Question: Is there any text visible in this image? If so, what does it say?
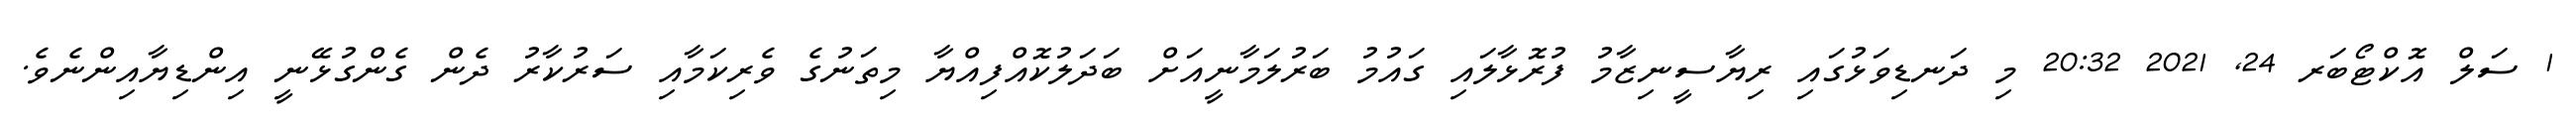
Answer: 1 ސަލް އޮކްޓޯބަރ 24, 2021 20:32 މި ދަނޑިވަޅުގައި ރިޔާސީނިޒާމު ފުރޮޅާލައި ގައުމު ބަރުލަމާނީއަށް ބަދަލުކޮއްފިއްޔާ މިތަނުގެ ވެރިކަމާއި ސަރުކާރު ދެން ގެންގުޅޭނީ އިންޑިޔާއިންނެވެ.